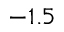
- 1 . 5